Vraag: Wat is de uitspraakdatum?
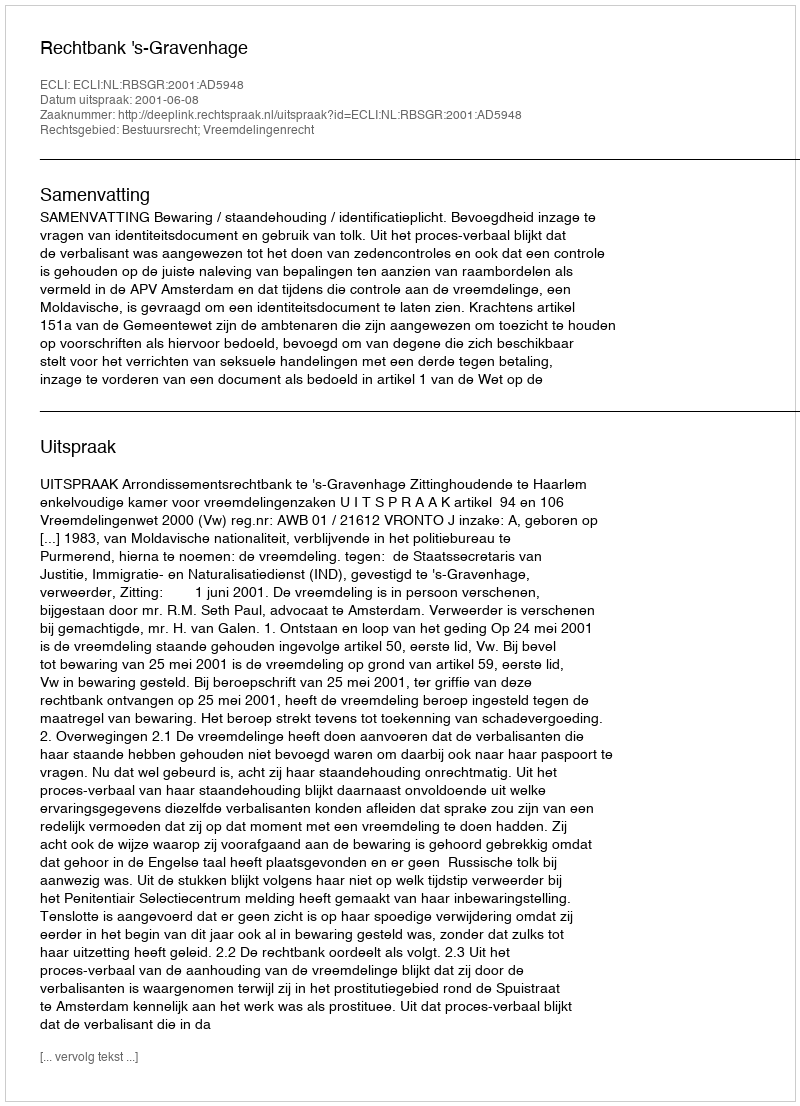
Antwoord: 2001-06-08